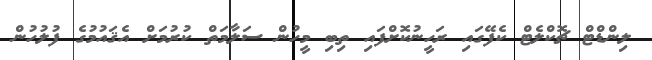
ލިންޑްޓް ޗޮކްލެޓް ކެފޭގައި ރަހީނުކޮށްފައި ތިބި މީހުން ސަލާމަތް ކުރުމަށް އެޤައުމުގެ ފުލުހުން